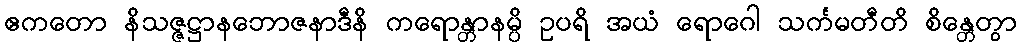
ဧကတော နိသဇ္ဇဋ္ဌာနဘောဇနာဒီနိ ကရောန္တာနမ္ပိ ဥပရိ အယံ ရောဂေါ သင်္ကမတီတိ စိန္တေတွာ